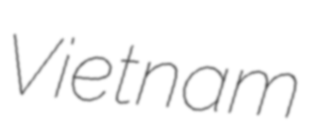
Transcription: Vietnam